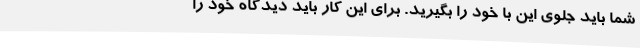
شما باید جلوی این با خود را بگیرید. برای این کار باید دیدگاه خود را